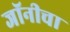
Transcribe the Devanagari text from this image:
जॉनीचा